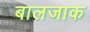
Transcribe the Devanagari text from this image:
बालजाक